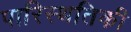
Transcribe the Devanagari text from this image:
पारिस्थतिकी